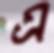
এ